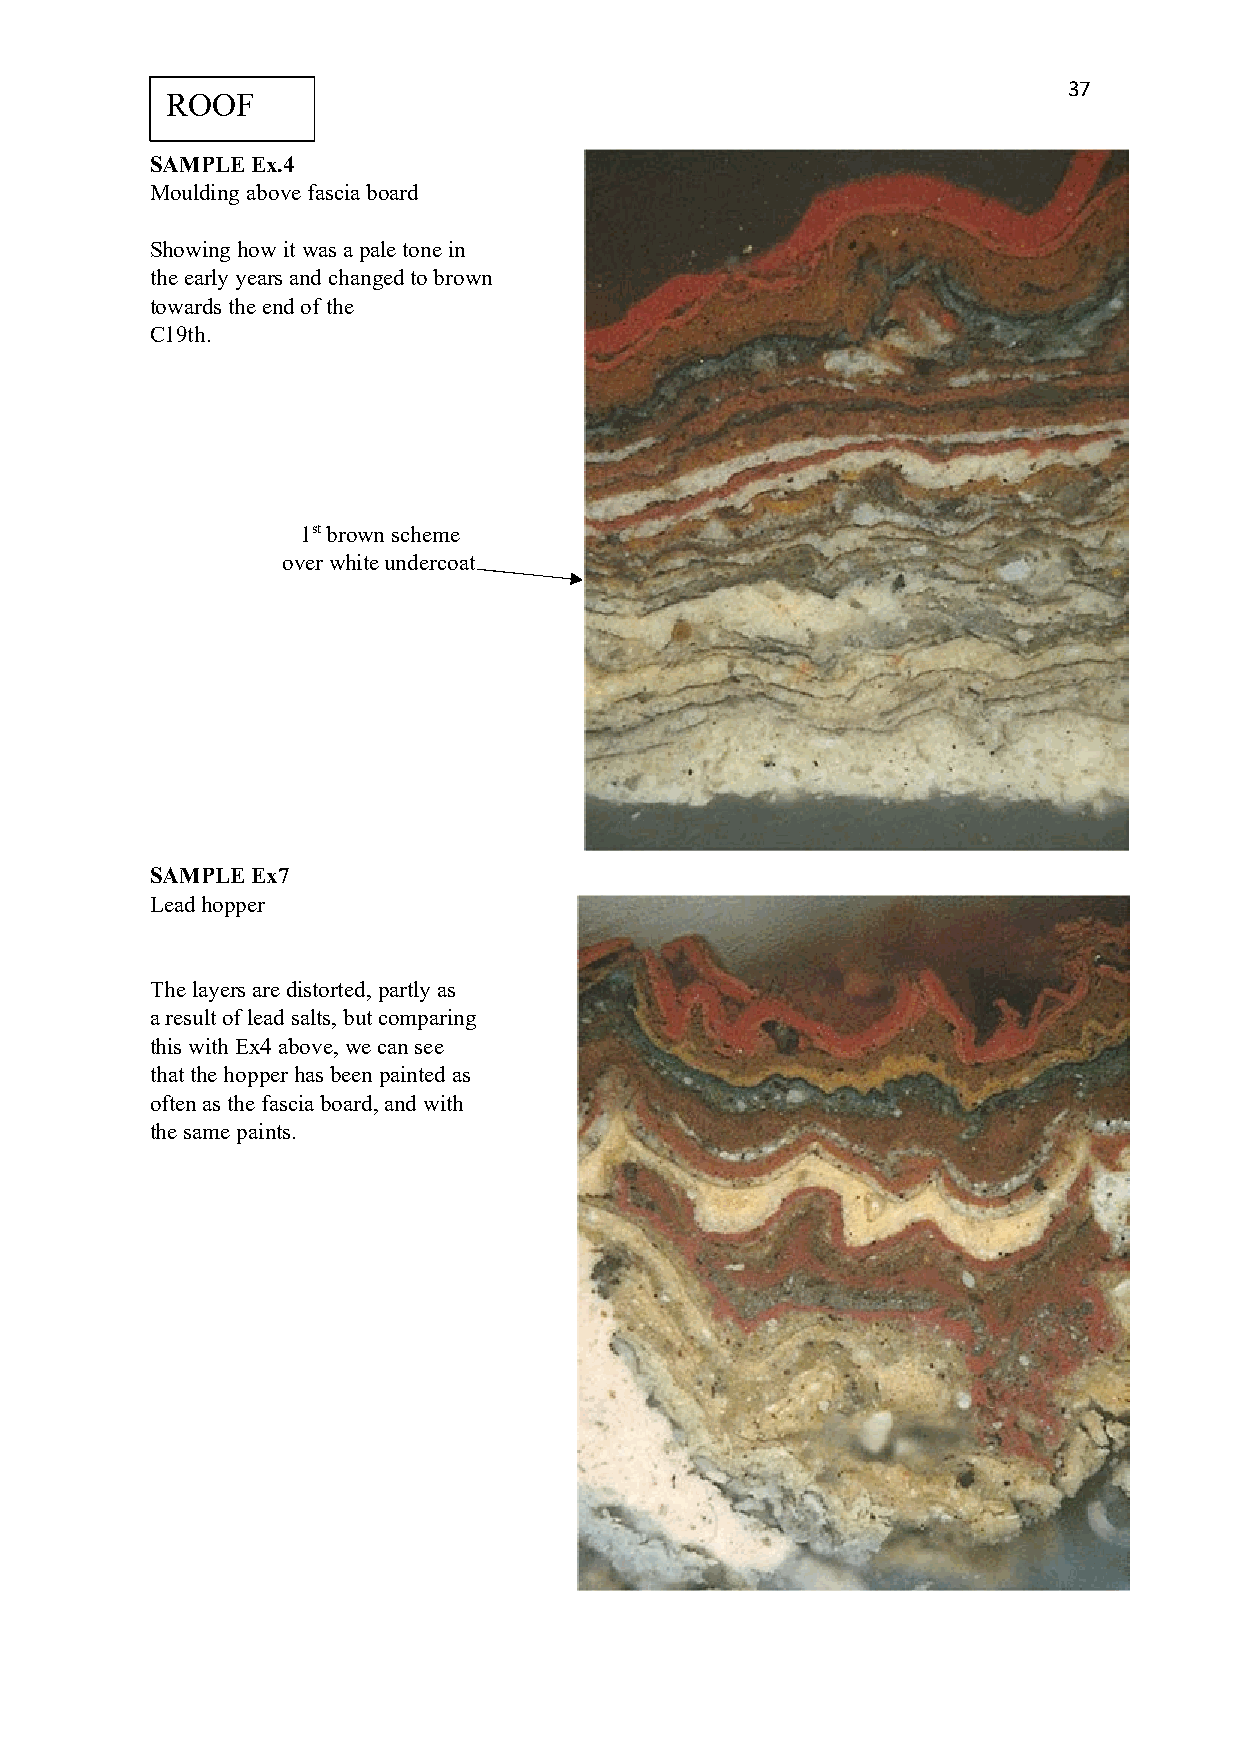
37
 ROOF
 SAMPLE Ex.4
 Moulding above fascia board
 Showing how it was a pale tone in
 the early years and changed to brown
 towards the end of the
 C19th.
 1st brown scheme
 over white undercoat
 SAMPLE Ex7
 Lead hopper
 The layers are distorted, partly as
 a result of lead salts, but comparing
 this with Ex4 above, we can see
 that the hopper has been painted as
 often as the fascia board, and with
 the same paints.